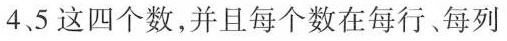
4、5这四个数，并且每个数在每行、每列